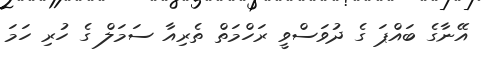
އޭނާގެ ބައްޕަ ގެ ދުވަސްވީ ރަހްމަތް ތެރިއާ ސަމަލް ގެ ހުރި ހަމަ